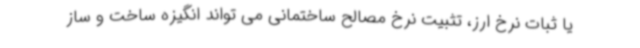
یا ثبات نرخ ارز، تثبیت نرخ مصالح ساختمانی می تواند انگیزه ساخت و ساز